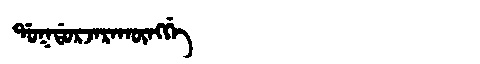
Manchu: ᡩᠣᡴᡩᠣᡵᠵᠠᡵᠠᡴᡡᠩᡤᡝ
Romanization: DOKDORJARAKŪNGGE